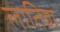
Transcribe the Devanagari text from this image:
लातिवा